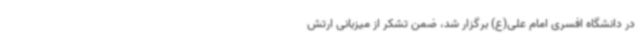
در دانشگاه افسری امام علی(ع) برگزار شد، ضمن تشکر از میزبانی ارتش